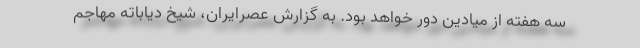
سه هفته از میادین دور خواهد بود. به گزارش عصرایران، شیخ دیاباته مهاجم